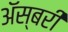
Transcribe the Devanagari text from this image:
अॅस्बरी